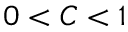
0 < C < 1